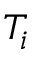
T _ { i }